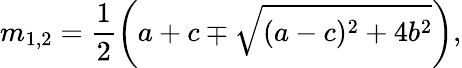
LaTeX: m_{1,2}=\frac{1}{2}\left(a+c\mp\sqrt{(a-c)^{2}+4b^{2}}\right),